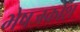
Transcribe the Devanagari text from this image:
भेषजकोश